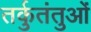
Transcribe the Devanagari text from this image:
तर्कुतंतुओं